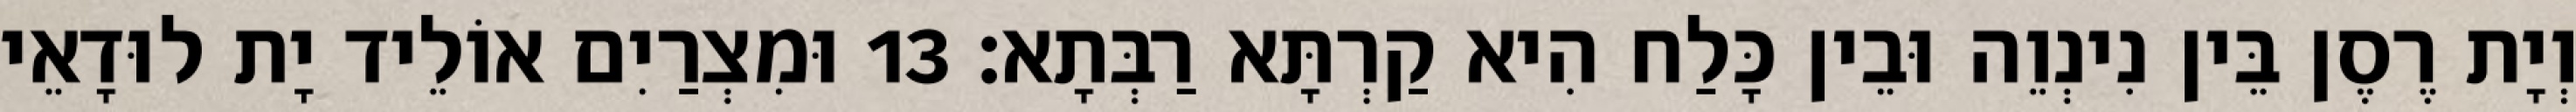
וְיָת רֶסֶן בֵּין נִינְוֵה וּבֵין כָּלַח הִיא קַרְתָּא רַבְּתָא׃ 13 וּמִצְרַיִם אוֹלֵיד יָת לוּדָאֵי